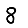
Digit: 8